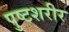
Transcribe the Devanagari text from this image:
पुष्टशरीर